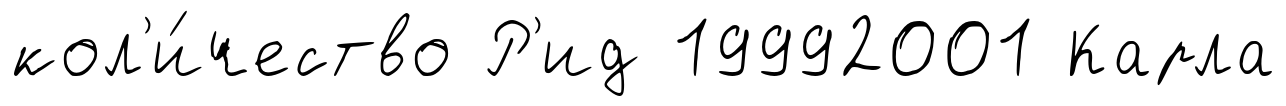
кол'и́чество Р'ид 19992001 Карла